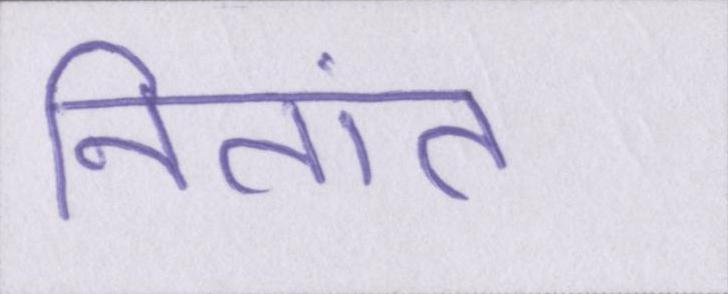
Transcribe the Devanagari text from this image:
नितांत